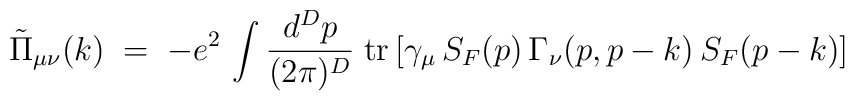
{\tilde \Pi}_{\mu\nu}(k) \;=\; - e^2 \, \int \frac{d^Dp}{(2\pi)^D}\;{\rm tr} \left[ \gamma_\mu \,S_F(p)\, \Gamma_\nu(p,p-k) \, S_F(p-k) \right]